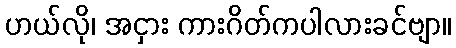
ဟယ်လို၊ အငှား ကားဂိတ်ကပါလားခင်ဗျာ။